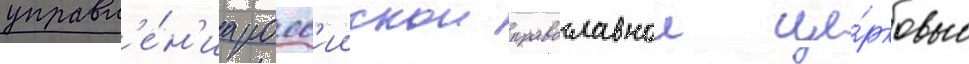
управл'е́н'иа росс'иискои православнои це́рковью